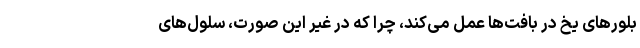
بلورهای یخ در بافت‌ها عمل می‌کند، چرا که در غیر این صورت، سلول‌های